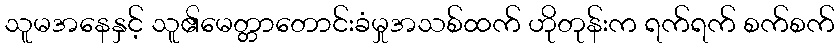
သူမအနေနှင့် သူ၏မေတ္တာတောင်းခံမှုအသစ်ထက် ဟိုတုန်းက ရက်ရက် စက်စက်